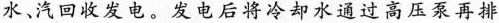
水、汽回收发电。发电后将冷却水通过高压泵再排